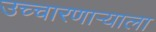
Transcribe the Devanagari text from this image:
उच्चारणाऱ्याला